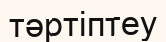
тәртіптеу